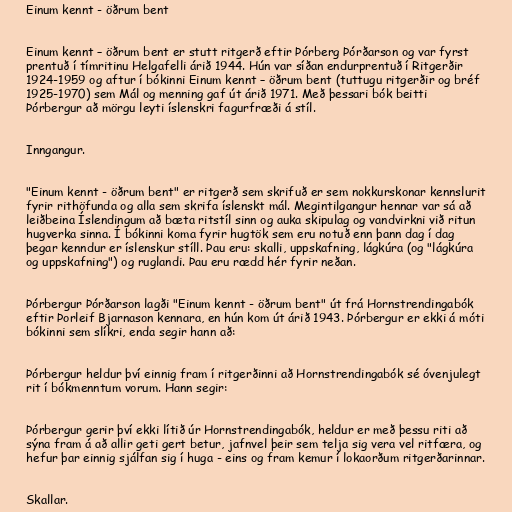
Einum kennt - öðrum bent

Einum kennt – öðrum bent er stutt ritgerð eftir Þórberg Þórðarson og var fyrst
prentuð í tímritinu Helgafelli árið 1944. Hún var síðan endurprentuð í Ritgerðir
1924-1959 og aftur í bókinni Einum kennt – öðrum bent (tuttugu ritgerðir og bréf
1925-1970) sem Mál og menning gaf út árið 1971. Með þessari bók beitti
Þórbergur að mörgu leyti íslenskri fagurfræði á stíl.

Inngangur.

"Einum kennt - öðrum bent" er ritgerð sem skrifuð er sem nokkurskonar kennslurit
fyrir rithöfunda og alla sem skrifa íslenskt mál. Megintilgangur hennar var sá að
leiðbeina Íslendingum að bæta ritstíl sinn og auka skipulag og vandvirkni við ritun
hugverka sinna. Í bókinni koma fyrir hugtök sem eru notuð enn þann dag í dag
þegar kenndur er íslenskur stíll. Þau eru: skalli, uppskafning, lágkúra (og "lágkúra
og uppskafning") og ruglandi. Þau eru rædd hér fyrir neðan.

Þórbergur Þórðarson lagði "Einum kennt - öðrum bent" út frá Hornstrendingabók
eftir Þorleif Bjarnason kennara, en hún kom út árið 1943. Þórbergur er ekki á móti
bókinni sem slíkri, enda segir hann að:

Þórbergur heldur því einnig fram í ritgerðinni að Hornstrendingabók sé óvenjulegt
rit í bókmenntum vorum. Hann segir:

Þórbergur gerir því ekki lítið úr Hornstrendingabók, heldur er með þessu riti að
sýna fram á að allir geti gert betur, jafnvel þeir sem telja sig vera vel ritfæra, og
hefur þar einnig sjálfan sig í huga - eins og fram kemur í lokaorðum ritgerðarinnar.

Skallar.